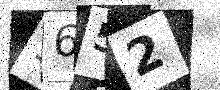
Text: 9652